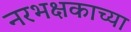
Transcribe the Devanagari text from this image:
नरभक्षकाच्या